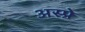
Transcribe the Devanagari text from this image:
अस्प्रे